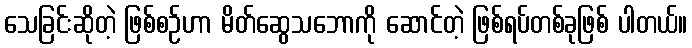
သေခြင်းဆိုတဲ့ ဖြစ်စဉ်ဟာ မိတ်ဆွေသဘောကို ဆောင်တဲ့ ဖြစ်ရပ်တစ်ခုဖြစ် ပါတယ်။